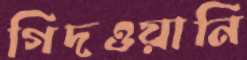
গিদওয়ানি